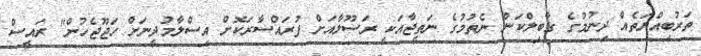
ތަރުބިއްޔަތެއް ދިނުމުގެ ގާބިލްކަން ނެތުމުގެ ނަތީޖާއަކީ ރަސޫލާއަށް ފުރައްސާރަކޮށް އިސްލާމުދީނަށް ހަޖޫޖެހުން" ރައީސް